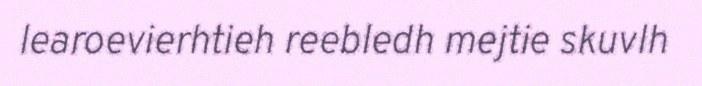
learoevierhtieh reebledh mejtie skuvlh